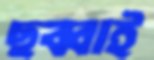
ছব্বাই